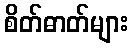
စိတ်ဓာတ်များ